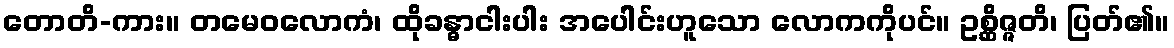
တောတိ-ကား။ တမေဝလောကံ၊ ထိုခန္ဓာငါးပါး အပေါင်းဟူသော လောကကိုပင်။ ဥစ္ဆိဇ္ဇတိ၊ ပြတ်၏။